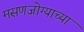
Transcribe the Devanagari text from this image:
मसणजोग्याच्या